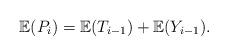
LaTeX: \begin{align*} \mathbb{E}(P_i) = \mathbb{E}(T_{i-1}) + \mathbb{E}(Y_{i-1}).\end{align*}